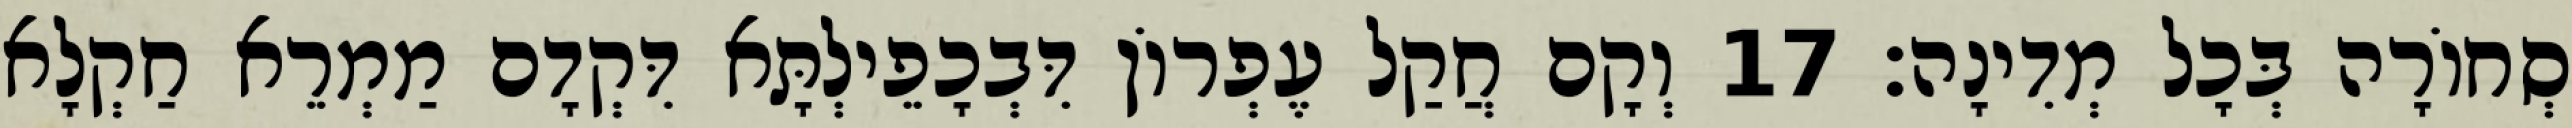
סְחוֹרָה בְּכָל מְדִינָה׃ 17 וְקָם חֲקַל עֶפְרוֹן דִּבְכָפֵילְתָּא דִּקְדָם מַמְרֵא חַקְלָא